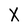
Character: X